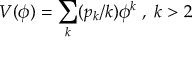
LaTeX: V ( \phi ) = \sum _ { k } ( p _ { k } / k ) \phi ^ { k } \; , \; k > 2